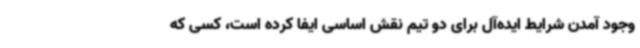
وجود آمدن شرایط ایده‌آل برای دو تیم نقش اساسی ایفا کرده است، کسی که